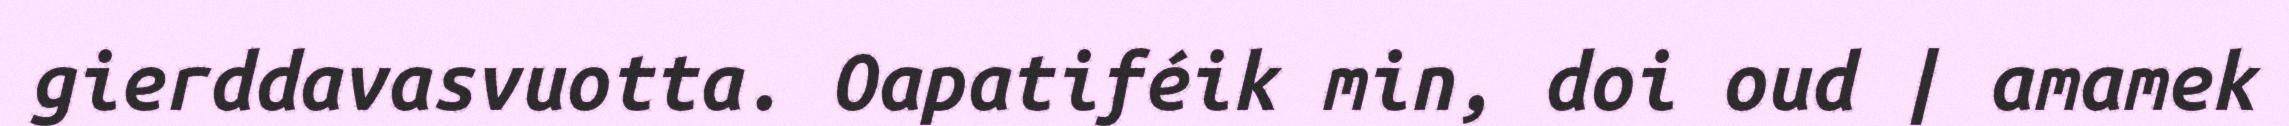
gierddavasvuotta. Oapatiféik min, doi oud | amamek